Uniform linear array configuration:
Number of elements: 4
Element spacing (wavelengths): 0.25
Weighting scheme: cosine
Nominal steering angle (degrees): -60
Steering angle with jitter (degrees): -60.446
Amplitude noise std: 0.05
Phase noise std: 0.05

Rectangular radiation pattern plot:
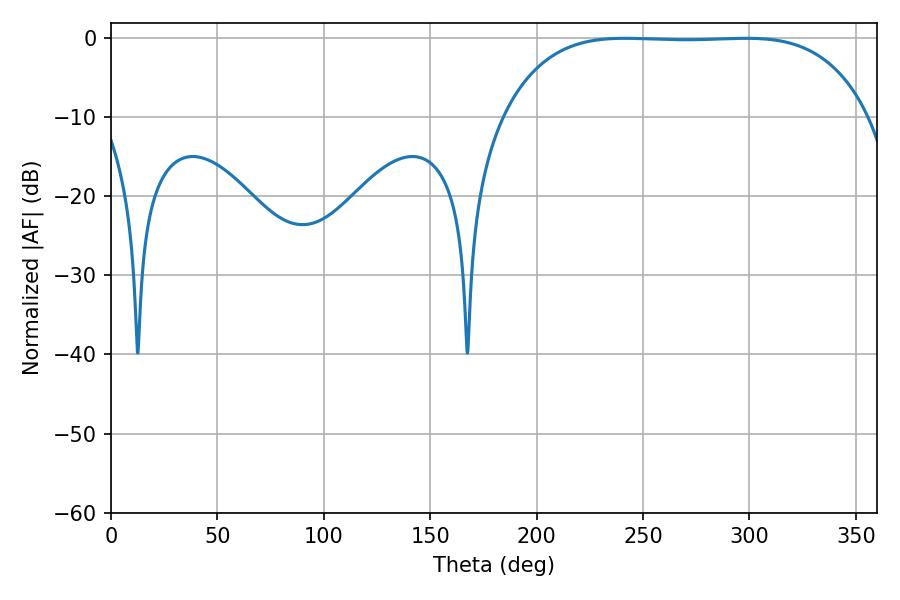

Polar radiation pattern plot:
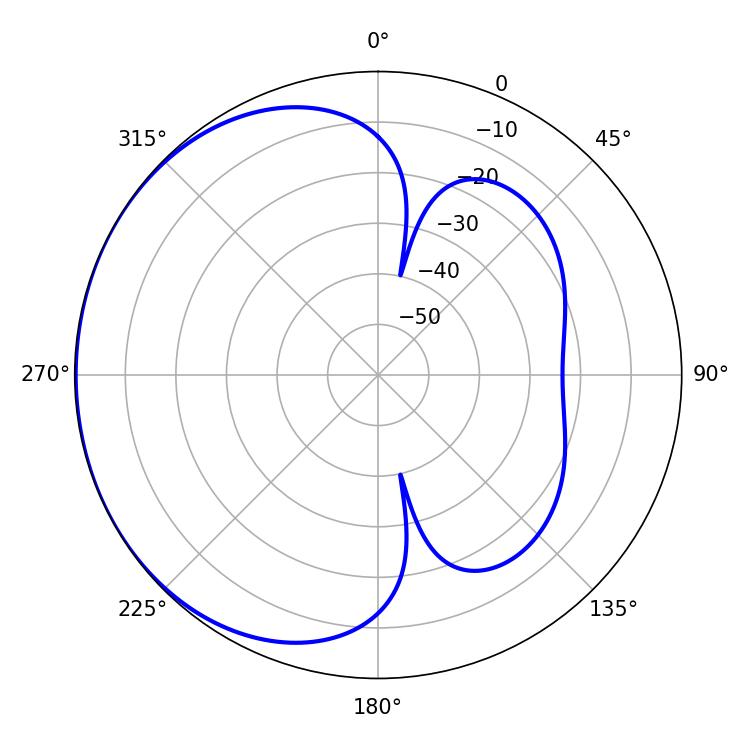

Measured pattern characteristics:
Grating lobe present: FALSE
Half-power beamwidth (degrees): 133.2
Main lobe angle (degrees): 241.38